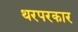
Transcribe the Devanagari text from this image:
थरपरकार